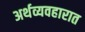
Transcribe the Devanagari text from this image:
अर्थव्यवहारात